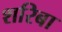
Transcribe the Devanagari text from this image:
शरिबा